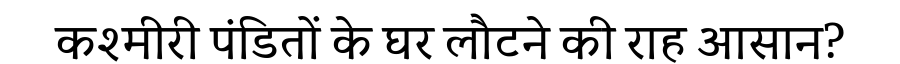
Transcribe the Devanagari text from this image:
कश्मीरी पंडितों के घर लौटने की राह आसान?